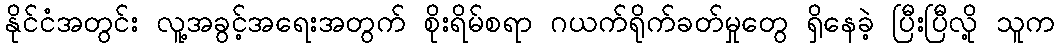
နိုင်ငံအတွင်း လူ့အခွင့်အရေးအတွက် စိုးရိမ်စရာ ဂယက်ရိုက်ခတ်မှုတွေ ရှိနေခဲ့ ပြီးပြီလို့ သူက